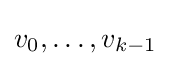
v_{0},\ldots ,v_{k-1}